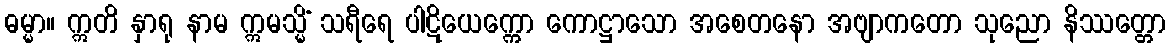
ဓမ္မာ။ ဣတိ နှာရု နာမ ဣမသ္မိံ သရီရေ ပါဋိယေက္ကော ကောဋ္ဌာသော အစေတနော အဗျာကတော သုညော နိဿတ္တော